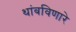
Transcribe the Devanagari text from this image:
थांबविणारे